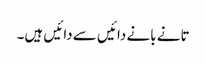
تانے بانے دائیں سے دائیں ہیں۔